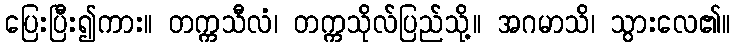
ပြေးပြီး၍ကား။ တက္ကသီလံ၊ တက္ကသိုလ်ပြည်သို့။ အဂမာသိ၊ သွားလေ၏။